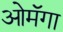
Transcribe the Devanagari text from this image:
ओमॅगा